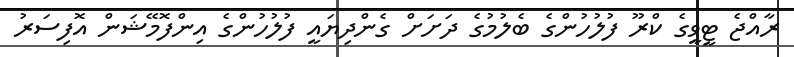
ރާއްޖެ ޓީވީގެ ކްރޫ ފުލުހުންގެ ބެލުމުގެ ދަށަށް ގެންދިޔައީ ފުލުހުންގެ އިންފޮމޭޝަން އޮފިސަރު